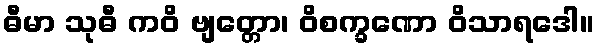
ဓီမာ သုဓီ ကဝိ ဗျတ္တော၊ ဝိစက္ခဏော ဝိသာရဒေါ။